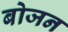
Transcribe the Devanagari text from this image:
बोजन